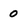
Character: 0